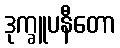
ဒုက္ခူပနီတော